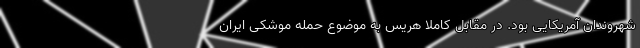
شهروندان آمریکایی بود. در مقابل کاملا هریس به موضوع حمله موشکی ایران